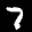
Label: 7